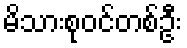
မိသားစုဝင်တစ်ဦး